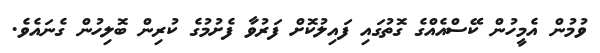
ވުމުން އެމީހުން ކޭސްއެއްގެ ގޮތުގައި ފައިލުކޮށް ފަރުވާ ފެށުމުގެ ކުރިން ބޮލިހުން ގެނައެވެ.